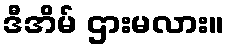
ဒီအိမ် ဌားမလား။